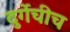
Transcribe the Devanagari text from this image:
दुर्गेचीच